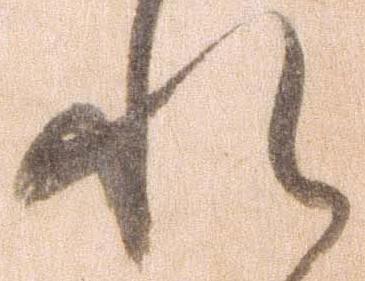
れ